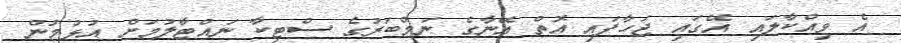
އެ ވިއްކާލައި އޭގައި ޖަހާފައި އޮތް އޭނާގެ ނަމްބަރުގެ ސްޓިކާ ނައްޓާލުމަށް އުޅުމުން